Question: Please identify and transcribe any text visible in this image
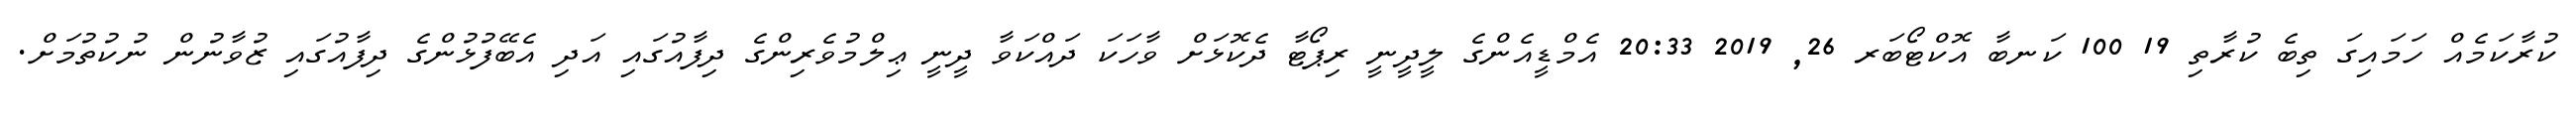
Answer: ކުރާކަމެއް ހަމައިގަ ތިބެ ކުރާތި 19 100 ކަނބާ އޮކްޓޯބަރ 26, 2019 20:33 އެމްޑީއެންގެ ލީދީނީ ރިޕޯޓާ ދެކޮޅަށް ވާހަކަ ދައްކަވާ ދީނީ ޢިލްމުވެރިންގެ ދިފާއުގައި އަދި އެބޭފުޅުންގެ ދިފާއުގައި ޒުވާނުން ނުކުތުމަށް.